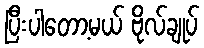
ပြီးပါတော့မယ် ဗိုလ်ချုပ်